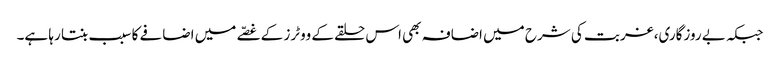
جبکہ بے روزگاری،غربت کی شرح میں اضافہ بھی اس حلقے کے ووٹرز کے غصّے میں اضافے کا سبب بنتا رہا ہے۔